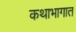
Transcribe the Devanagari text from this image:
कथाभागात